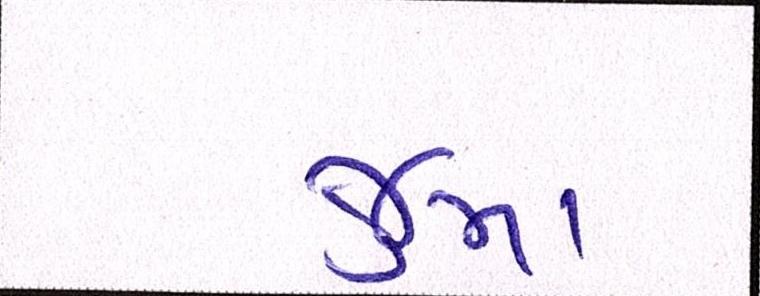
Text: જુમા